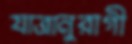
যাত্রানুরাগী